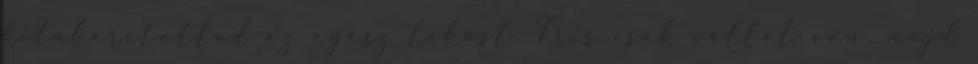
kitakarítottad az egész lakást. Tris csak vállat von, majd